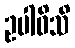
ဥပါဝိသိ